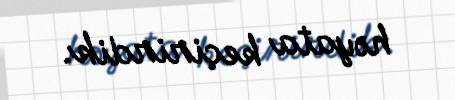
həyata keçirirdik.